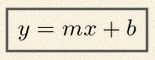
y=mx+b